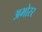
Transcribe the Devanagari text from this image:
अभोरर